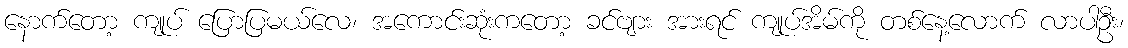
နောက်တော့ ကျုပ် ပြောပြမယ်လေ၊ အကောင်းဆုံးကတော့ ခင်ဗျား အားရင် ကျုပ်အိမ်ကို တစ်နေ့လောက် လာပါဦး၊